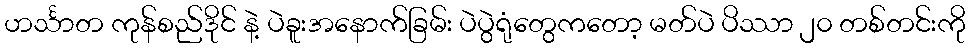
ဟင်္သာတ ကုန်စည်ဒိုင် နဲ့ ပဲခူးအနောက်ခြမ်း ပဲပွဲရုံတွေကတော့ မတ်ပဲ ပိဿာ ၂၀ တစ်တင်းကို